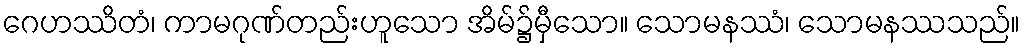
ဂေဟဿိတံ၊ ကာမဂုဏ်တည်းဟူသော အိမ်၌မှီသော။ သောမနဿံ၊ သောမနဿသည်။